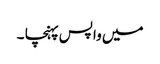
میں واپس پہنچا ۔